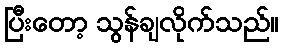
ပြီးတော့ သွန်ချလိုက်သည်။